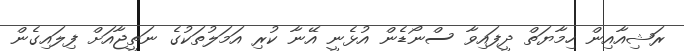
ރަޝިއާއިން ހިމާޔަތް ދީފައިވާ ސްނޯޑެން އުޅެނީ އޭނާ ކުރި އަމަލުތަކުގެ ނަތީޖާއަށް ފިލައިގެން